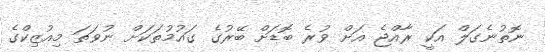
ނޮތުނެގަލް އަކީ ރާއްޖެ އަށް ވުރެ ބޮޑަށް ބޭރުގެ ގައުމުތަކަށް ނުވަތަ މިއުޒިކްގެ